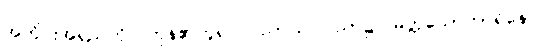
အတိုင်းအရှည်ကိုပြုကုန်၏ဟူ၍။ ပညာယ၊ ပညာ၌။ မတ္တသောကာရိနော၊